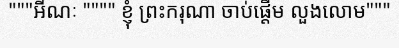
"""អីណៈ """" ខ្ញុំ ព្រះករុណា ចាប់ផ្តើម លួងលោម"""